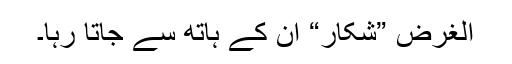
الغرض ”شکار“ اُن کے ہاتھ سے جاتا رہا۔